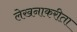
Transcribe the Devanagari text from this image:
लेखनाकरीता